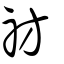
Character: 祊